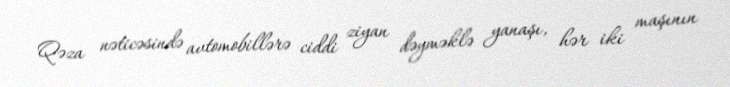
Qəza nəticəsində avtomobillərə ciddi ziyan dəyməklə yanaşı, hər iki maşının